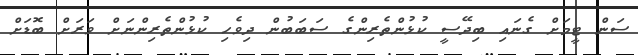
ސަން ޓީމަށް ގެނައި ބިދޭސީ ކުޅުންތެރިންގެ ސަބަބުން ދިވެހި ކުޅުންތެރިންނަށް ވަރަށް ބޮޑަށް